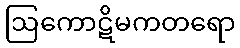
ဩကောဋိမကတရော